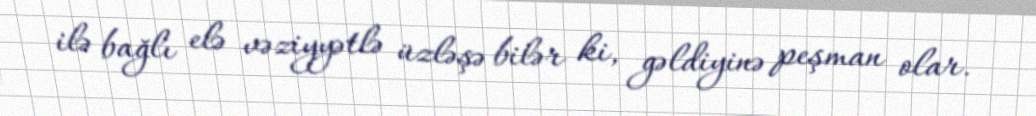
ilə bağlı elə vəziyyətlə üzləşə bilər ki, gəldiyinə peşman olar.